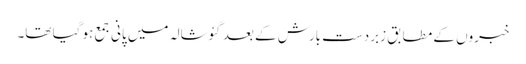
خبروں کے مطابق زبردست بارش کے بعد گئوشالہ میں پانی جمع ہو گیا تھا۔